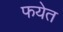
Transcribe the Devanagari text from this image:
फयेत